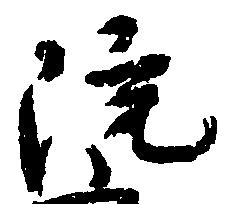
院